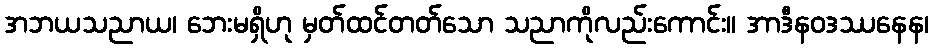
အဘယသညာယ၊ ဘေးမရှိဟု မှတ်ထင်တတ်သော သညာကိုလည်းကောင်း။ အာဒီနဝဒဿနေန၊